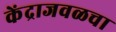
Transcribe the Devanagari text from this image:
केंद्राजवळचा